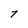
Character: 7